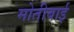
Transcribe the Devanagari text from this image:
मोतीबाई